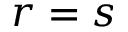
r = s